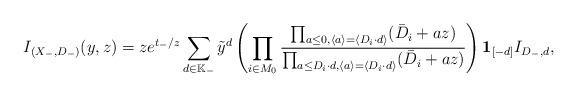
LaTeX: \begin{align*}I_{(X_-,D_-)}(y,z)=ze^{t_-/z}\sum_{d\in\mathbb K_{-}}\tilde y^{d}\left(\prod_{i\in M_0}\frac{\prod_{a\leq 0,\langle a\rangle=\langle D_i\cdot d\rangle}(\bar{D}_i+az)}{\prod_{a \leq D_i\cdot d,\langle a\rangle=\langle D_i\cdot d\rangle}(\bar{D}_i+az)}\right)\textbf{1}_{[-d]}I_{D_-,d},\end{align*}